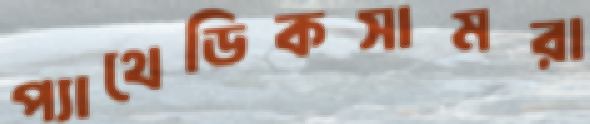
প্যাথেডিকসামরা